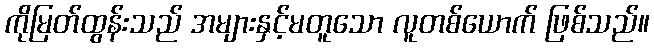
ကိုမြတ်ထွန်းသည် အများနှင့်မတူသော လူတစ်ယောက် ဖြစ်သည်။